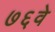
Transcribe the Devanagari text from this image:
७६वे